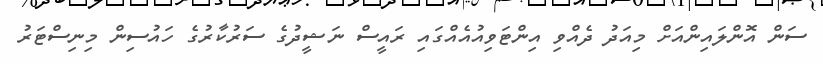
ސަން އޮންލައިންއަށް މިއަދު ދެއްވި އިންޓަވިއުއެއްގައި ރައީސް ނަޝީދުގެ ސަރުކާރުގެ ހައުސިން މިނިސްޓަރު